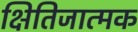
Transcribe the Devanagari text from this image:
क्षितिजात्मक